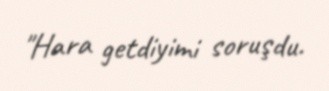
"Hara getdiyimi soruşdu.